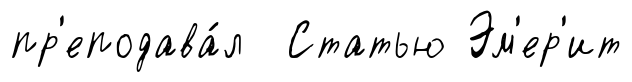
пр'еподава́л Статью Эм'ер'ит